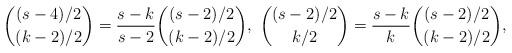
LaTeX: \begin{align*}&\binom{(s-4)/2}{(k-2)/2}=\frac{s-k}{s-2}\binom{(s-2)/2}{(k-2)/2}, \ \binom{(s-2)/2}{k/2}=\frac{s-k}{k}\binom{(s-2)/2}{(k-2)/2}, \end{align*}